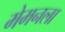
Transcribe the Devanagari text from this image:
मेमनला